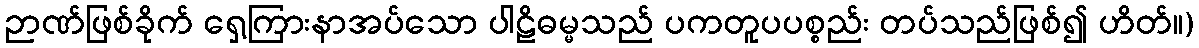
ဉာဏ်ဖြစ်ခိုက် ရှေ့ကြားနာအပ်သော ပါဠိဓမ္မသည် ပကတူပပစ္စည်း တပ်သည်ဖြစ်၍ ဟိတ်။)